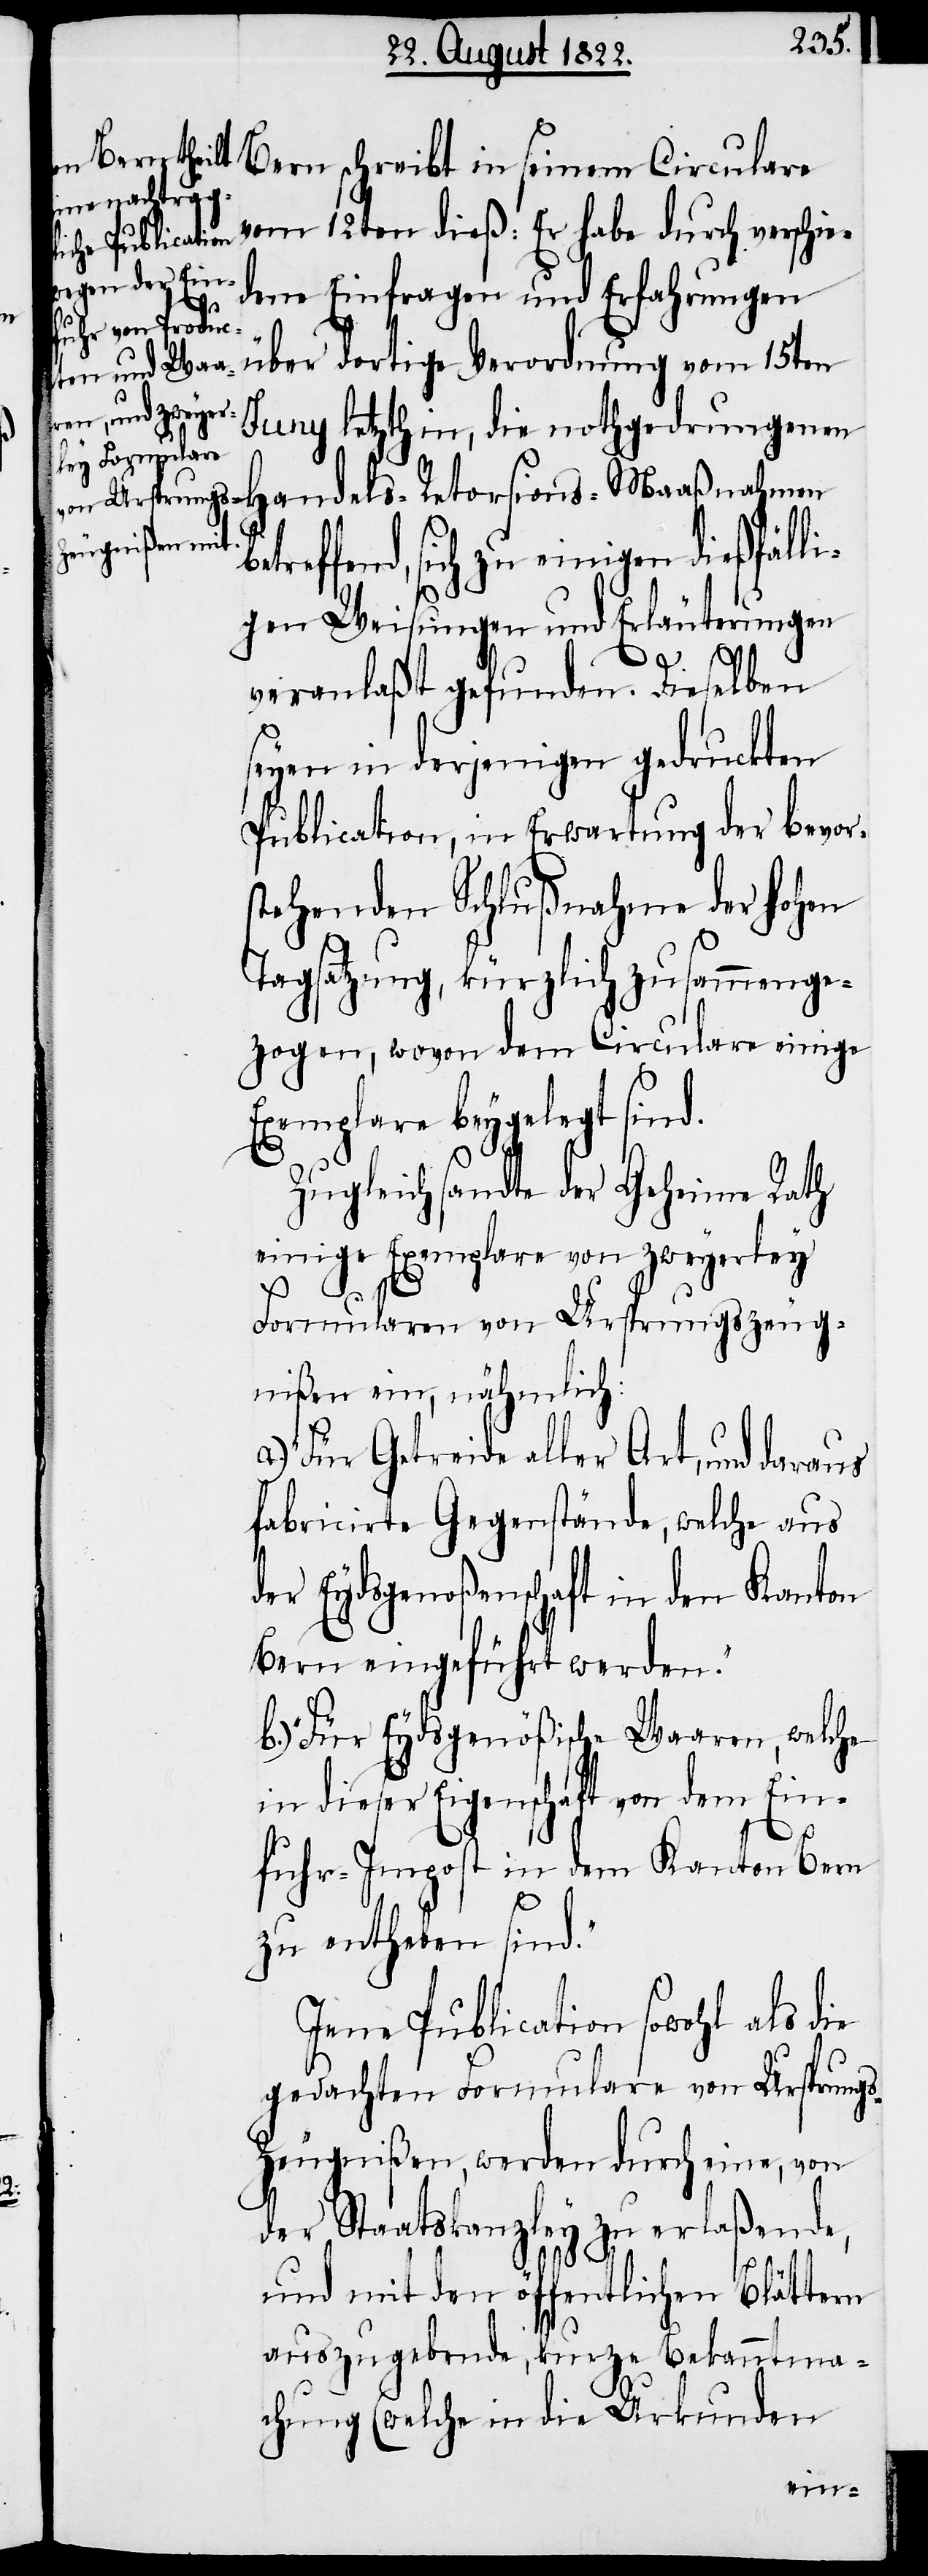
vom 12ten dieß: Er habe durch verschie¬
dene Einfragen und Erfahrungen
über dortige Verordnung vom 15ten
Juny letzthin, die nothgedrungenen
reffend, sich zu einigen dießfäll¬
igen Weisungen und Erläuterungen
veranlaßt gefunden. Dieselben
seyen in derjeningen gedruckten
Publication, in Erwartung der bevor¬
stehenden Schlußnahme der Hohen
Tagsatzung, kürzlich zusammenge¬
zogen, wovon dem Circulare einige
Exemplare beygelegt sind.
bet¬
Zugleich sandte der Geheime Rath
einige Exemplare von zweyerley
Formularen von Ursprungszeug¬
nißen ein, nähmlich:
„Für Getreide aller Art, und daraus
fabricirte Gegenstände, welche aus
der Eydsgenoßenschaft in den Kanton
Bern eingeführt werden.“
b.) „Für Eydsgenößische Waaren, welche
in dieser Eigenschaft von dem Ein¬
fuhr-Impost in dem Kanton Bern
zu entheben sind.“
Jene Publication sowohl als die
gedachten Formulare von Ursprung¬
s-Zeugnißen, werden durch eine, von
der Staatskanzley zu erlaßende,
und mit den öffentlichen Blättern
auszugebende, kurze Bekanntma¬
chung (welche in die Urkunden
seinem